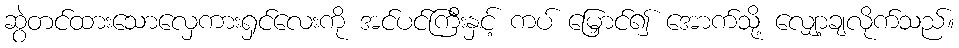
ဆွဲတင်ထားသောလှေကားရှင်လေးကို အင်ပင်ကြီးနှင့် ကပ် မြှောင်၍ အောက်သို့ လျှော့ချလိုက်သည်။